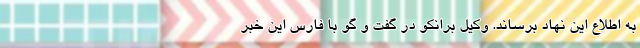
به اطلاع این نهاد برساند. وکیل برانکو در گفت و گو با فارس این خبر